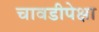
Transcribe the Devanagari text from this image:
चावडीपेक्षा